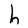
Character: h